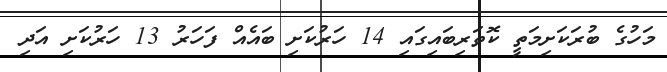
މަހުގެ ބުރަކަށިމަތީ ކޮތަރިބައިގައި 14 ހަރުކަށި ބައެއް ފަހަރު 13 ހަރުކަށި އަދި